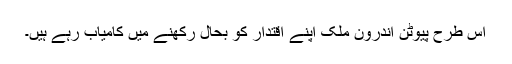
اس طرح پیوٹن اندرون ملک اپنے اقتدار کو بحال رکھنے میں کامیاب رہے ہیں۔